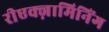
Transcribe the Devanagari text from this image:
रीएक्ज़ामिनिंग